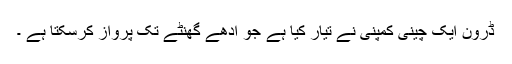
ڈرون ایک چینی کمپنی نے تیار کیا ہے جو آدھے گھنٹے تک پرواز کرسکتا ہے ۔